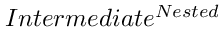
I n t e r m e d i a t e ^ { N e s t e d }